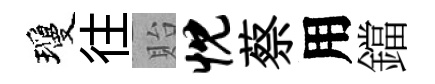
瓊往貽忱蔡用鐺